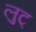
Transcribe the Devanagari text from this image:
लुट्